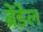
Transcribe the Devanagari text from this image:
ब्रेंडेल